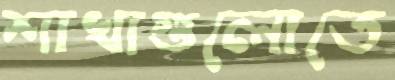
শাখাগুলোতে